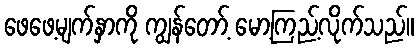
ဖေဖေ့မျက်နှာကို ကျွန်တော့် မော့ကြည့်လိုက်သည်။